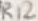
Text: R12